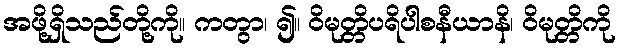
အဖို့ရှိသည်တို့ကို။ ကတွာ၊ ၍။ ဝိမုတ္တိပရိပါစနီယာနိ၊ ဝိမုတ္တိကို